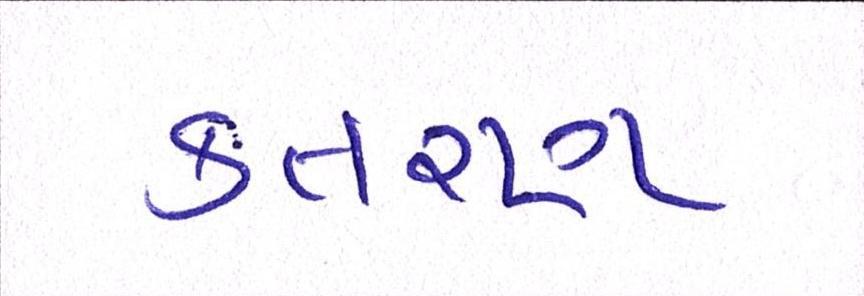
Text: કતરણ